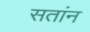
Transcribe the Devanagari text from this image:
सतांन